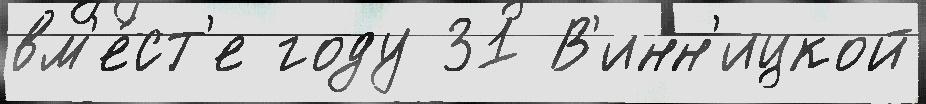
вм'е́ст'е году 31 В'инн'ицкой